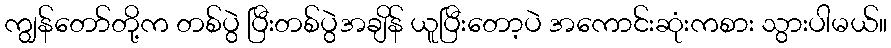
ကျွန်တော်တို့က တစ်ပွဲ ပြီးတစ်ပွဲအချိန် ယူပြီးတော့ပဲ အကောင်းဆုံးကစား သွားပါမယ်။